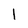
Character: I